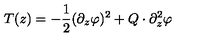
T ( z ) = - \frac 1 2 ( \partial _ { z } \varphi ) ^ { 2 } + Q \cdot \partial _ { z } ^ { 2 } \varphi